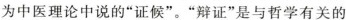
为中医理论中说的”证候”。”辩证”是与哲学有关的